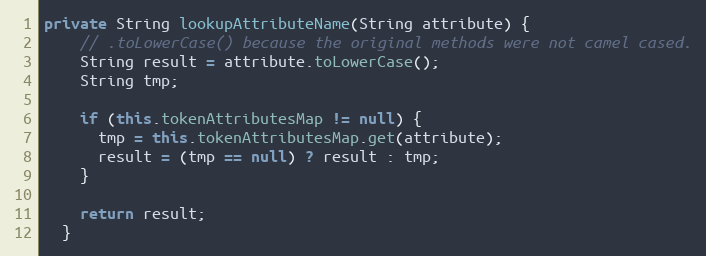
Language: Java
private String lookupAttributeName(String attribute) {
    // .toLowerCase() because the original methods were not camel cased.
    String result = attribute.toLowerCase();
    String tmp;

    if (this.tokenAttributesMap != null) {
      tmp = this.tokenAttributesMap.get(attribute);
      result = (tmp == null) ? result : tmp;
    }

    return result;
  }